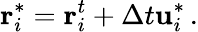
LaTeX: \mathbf{r}_{i}^{*}=\mathbf{r}_{i}^{t}+\Delta t\mathbf{u}_{i}^{*}\, .